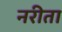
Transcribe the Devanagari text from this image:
नरीता